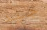
جيد